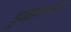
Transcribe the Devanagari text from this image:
ड्राइव्हच्या